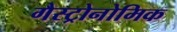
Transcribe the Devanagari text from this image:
गैस्ट्रोनोमिक